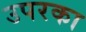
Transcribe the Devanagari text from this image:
उपरका